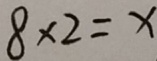
8 \times 2 = x